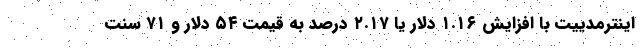
اینترمدییت با افزایش ۱.۱۶ دلار یا ۲.۱۷ درصد به قیمت ۵۴ دلار و ۷۱ سنت